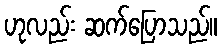
ဟုလည်း ဆက်ပြောသည်။